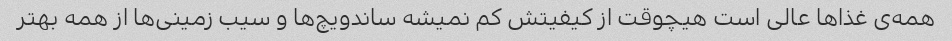
همه‌ی غذاها عالی است هیچوقت از کیفیتش کم نمیشه ساندویچ‌ها و سیب زمینی‌ها از همه بهتر